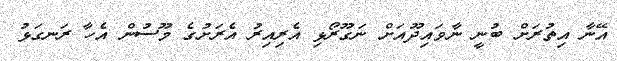
އޭނާ އިތުރަށް ބުނީ ނާވައިދޫއަށް ނަގޫރޯޅި އެރިއިރު އެރަށުގެ މޫސުން އެހާ ރަނގަޅު